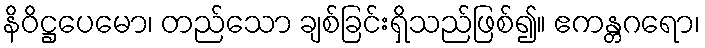
နိဝိဋ္ဌပေမော၊ တည်သော ချစ်ခြင်းရှိသည်ဖြစ်၍။ ဧကန္တဂရော၊